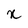
Character: x